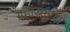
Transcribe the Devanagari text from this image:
ग्रहांसादृश